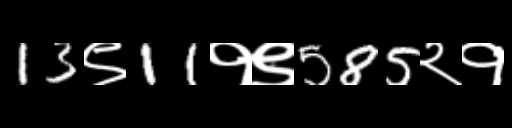
Text: 13९11१९585२१